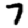
Digit: 7